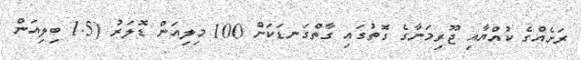
ރަށެއްގެ ކުއްޔާއި ޖޫރިމަނާގެ ގޮތުގައި ގާތްގަނޑަކަށް 100 މިލިއަން ޑޮލަރު (1.5 ބިލިއަން